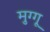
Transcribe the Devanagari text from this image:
मुग्गू